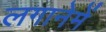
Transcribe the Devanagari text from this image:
लगानेमें